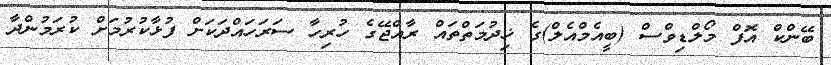
ބޭންކް އޮފް މޯލްޑިވްސް (ބީއެމްއެލް)ގެ ޚިދުމަތްތައް ރާއްޖޭގެ ހުރިހާ ސަރަހައްދަކަށް ފުޅާކުރުމަށް ކުރަމުންދާ